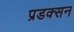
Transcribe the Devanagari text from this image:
प्रडक्सन